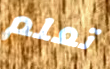
تعلم